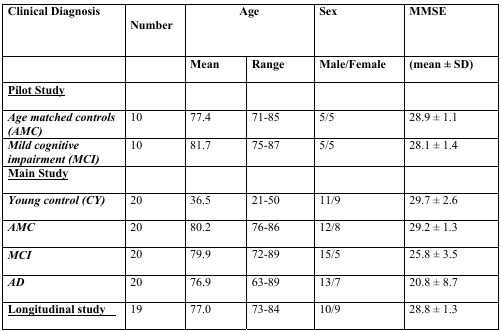
<table><thead><tr><td><b>Clinical Diagnosis</b></td><td><b>Number</b></td><td colspan="2"><b>Age</b></td><td><b>Sex</b></td><td><b>MMSE</b></td></tr><tr><td></td><td></td><td><b>Mean</b></td><td><b>Range</b></td><td><b>Male/Female</b></td><td><b>(mean ± SD)</b></td></tr></thead><tbody><tr><td><b><underline>Pilot Study</underline></b></td><td></td><td></td><td></td><td></td><td></td></tr><tr><td><i><b>Age matched controls (AMC)</b></i></td><td>10</td><td>77.4</td><td>71-85</td><td>5/5</td><td>28.9 ± 1.1</td></tr><tr><td><i><b>Mild cognitive impairment (MCI)</b></i></td><td>10</td><td>81.7</td><td>75-87</td><td>5/5</td><td>28.1 ± 1.4</td></tr><tr><td><b><underline>Main Study</underline></b></td><td></td><td></td><td></td><td></td><td></td></tr><tr><td><i><b>Young control (CY)</b></i></td><td>20</td><td>36.5</td><td>21-50</td><td>11/9</td><td>29.7 ± 2.6</td></tr><tr><td><i><b>AMC</b></i></td><td>20</td><td>80.2</td><td>76-86</td><td>12/8</td><td>29.2 ± 1.3</td></tr><tr><td><i><b>MCI</b></i></td><td>20</td><td>79.9</td><td>72-89</td><td>15/5</td><td>25.8 ± 3.5</td></tr><tr><td><i><b>AD</b></i></td><td>20</td><td>76.9</td><td>63-89</td><td>13/7</td><td>20.8 ± 8.7</td></tr><tr><td><b><underline>Longitudinal study</underline></b></td><td>19</td><td>77.0</td><td>73-84</td><td>10/9</td><td>28.8 ± 1.3</td></tr></tbody></table>